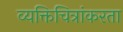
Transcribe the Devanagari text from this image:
व्यक्तिचित्रांकरता